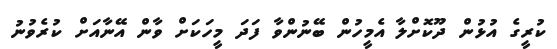
ކުރީގެ އުޅުން ދޫކޮށްލާ އެމީހުން ބޭނުންވާ ފަދަ މީހަކަށް ވާން އޭނާއަށް ކުރެވުނު